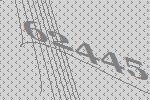
62445